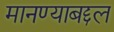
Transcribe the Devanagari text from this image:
मानण्याबद्दल